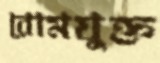
রোমযুক্ত